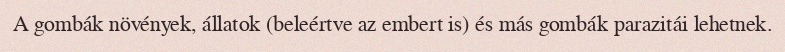
A gombák növények, állatok (beleértve az embert is) és más gombák parazitái lehetnek.